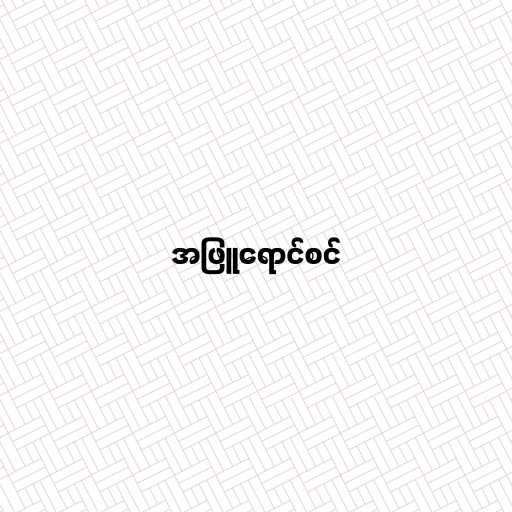
အဖြူရောင်စင်